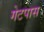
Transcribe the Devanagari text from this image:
गेटपास